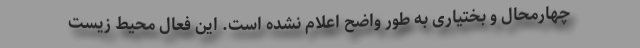
چهارمحال و بختیاری به طور واضح اعلام نشده است. این فعال محیط زیست